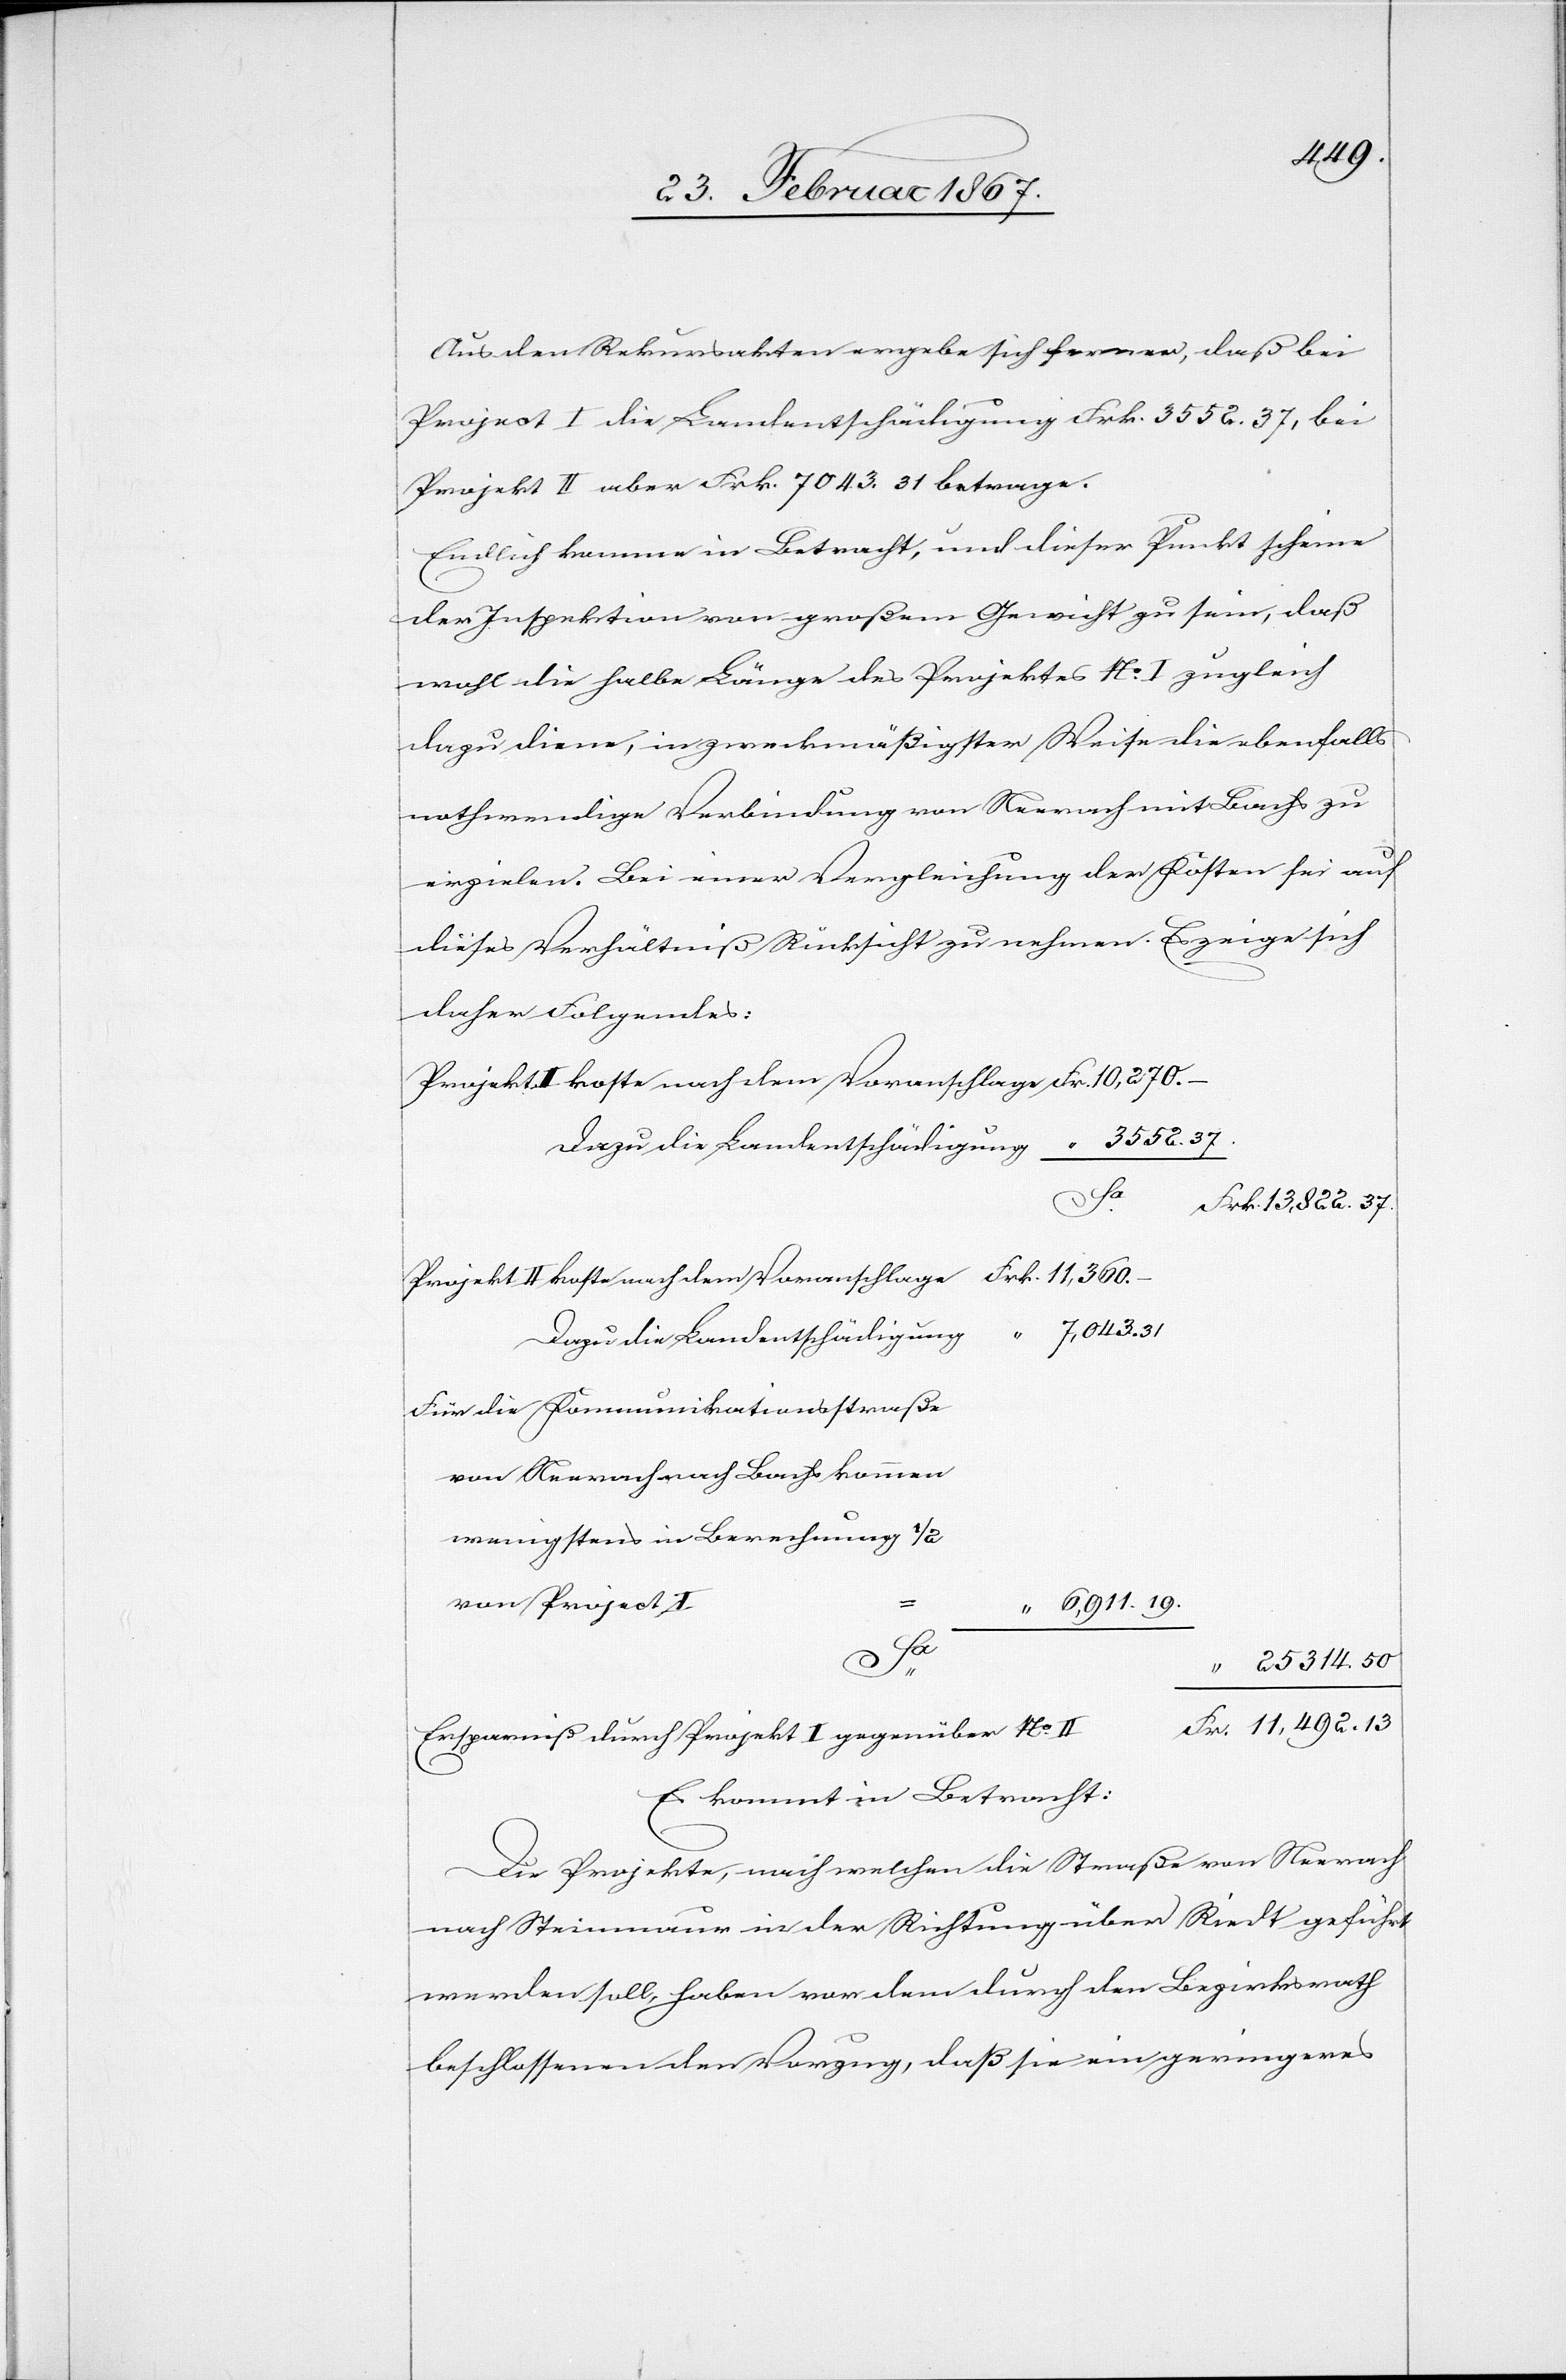
19.
Aus den Rekursakten ergebe sich ferner, daß bei
Project I die Landentschädigung Frk. 3552.37, bei
Projekt II aber Frk. 7043.31 betrage.
Endlich komme in Betracht, und dieser Punkt scheine
der Inspektion von großem Gewicht zu sein, daß
wohl die halbe Länge des Projektes No. I zugleich
dazu diene, in zweckmäßigster Weise die ebenfalls
nothwendige Verbindung von Neerach mit Bachs zu
erzielen. Bei einer Vergleichung der Kosten sei auf
dieses Verhältniß Rücksicht zu nehmen. Es zeige sich
daher Folgendes:
Projekt I koste nach dem Voranschlag 	Frk.	10,270. –
3552. 37.
Dazu die Landentschädigung
Projekt II koste nach dem Voranschlage	Frk.	11,360.
7,043. 31
Für die Kommunikationsstraße
Neerach nach Bachs kommen
in
von Projekt I
37.
“ 25 314. 50
Frk. 11,492. 13
Ersparniß durch Projekt I gegenüber No.
Es kommt in Betracht:
Die Projekte, nach welchen die Straße von Neerach
nach Steinmaur in der Richtung über Riedt geführt
werden soll, haben vor dem durch den Bezirksrath
beschlossenen den Vorzug, daß sie ein geringeres